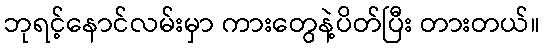
ဘုရင့်နောင်လမ်းမှာ ကားတွေနဲ့ပိတ်ပြီး တားတယ်။